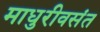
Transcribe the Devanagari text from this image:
माधुरीवसंत